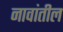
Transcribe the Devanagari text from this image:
नावांतील